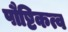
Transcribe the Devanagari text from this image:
पौष्टिकत्व